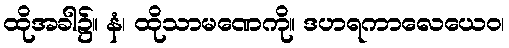
ထိုအခါ၌။ နံ၊ ထိုသာမဏေကို။ ဒဟရကာလေယေဝ၊